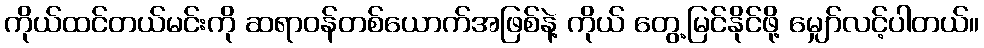
ကိုယ်ထင်တယ်မင်းကို ဆရာဝန်တစ်ယောက်အဖြစ်နဲ့ ကိုယ် တွေ့မြင်နိုင်ဖို့ မျှော်လင့်ပါတယ်။